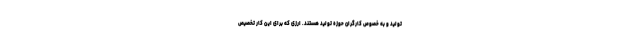
تولید و به خصوص کارگران حوزه تولید هستند. ارزی که برای این کار تخصیص